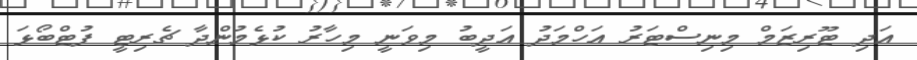
އަދި ޓޫރިޒަމް މިނިސްޓަރު އަހްމަދު އަދީބު މިވަނީ މިހާރު ކުޅެމުންދާ ޗެރިޓީ ފުޓްބޯޅަ